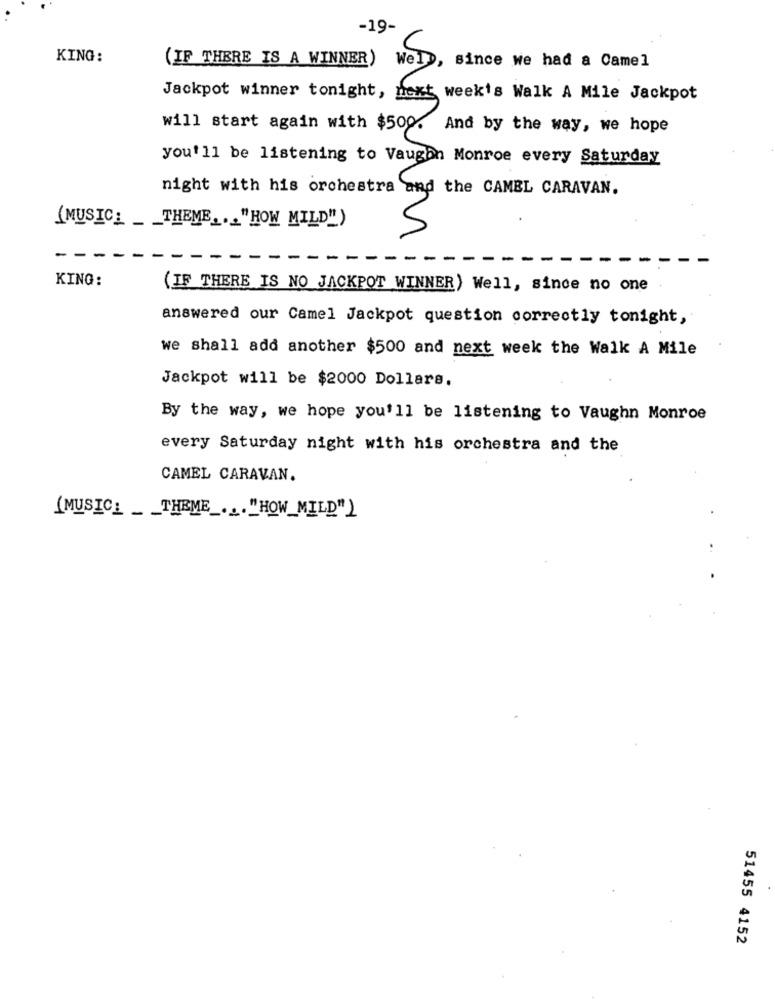
-19
KING:
(IF THERE IS A WINNER)
Wel
since we had a Camel
Jackpot winner tonight, next week's Walk A Mile Jackpot
will start again with $500, And by the way, we hope
you'll be listening to Vaughn Monroe every Saturday
night with his orchestra and the CAMEL CARAVAN.
(MUSIC_ _ _ THEME ,.. "HOW MILD")
--
KING:
(IF THERE IS NO JACKPOT WINNER) Well, since no one
answered our Camel Jackpot question correctly tonight,
we shall add another $500 and next week the Walk A Mile
Jackpot will be $2000 Dollars.
By the way, we hope you'll be listening to Vaughn Monroe
every Saturday night with his orchestra and the
CAMEL CARAVAN.
(MUSIC_ _ _ THEME ... "HOW_MILD")
51455 4152